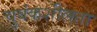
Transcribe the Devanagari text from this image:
चुबंकशीलता